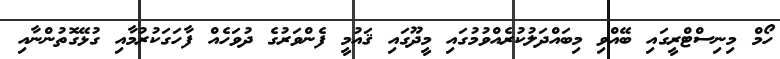
ހޯމް މިނިސްޓްރީގައި ބޭއްވި މިބައްދަލުކުރެއްވުމުގައި މީދޫގައި ޤައުމީ ފެންވަރުގެ ދުވަހެއް ފާހަގަކުރުމާއި ގުޅޭގޮތުންނާއި